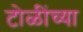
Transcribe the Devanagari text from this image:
टोळींच्या